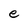
Character: e